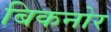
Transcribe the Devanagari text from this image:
बिकनोर